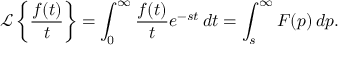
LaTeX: { \mathcal { L } } \left\{ { \frac { f ( t ) } { t } } \right\} = \int _ { 0 } ^ { \infty } { \frac { f ( t ) } { t } } e ^ { - s t } \, d t = \int _ { s } ^ { \infty } F ( p ) \, d p .